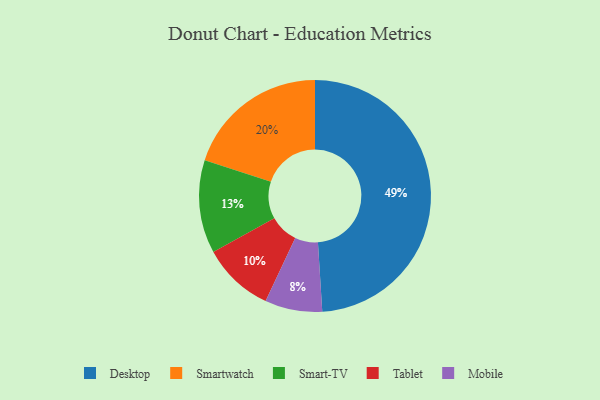
{"axis": {"x": "Category", "y": "Percentage"}, "legend": ["Desktop", "Mobile", "Smart-TV", "Smartwatch", "Tablet"], "data": [{"x": "Smart-TV", "y": 13, "type": "Smart-TV"}, {"x": "Smartwatch", "y": 20, "type": "Smartwatch"}, {"x": "Tablet", "y": 10, "type": "Tablet"}, {"x": "Desktop", "y": 49, "type": "Desktop"}, {"x": "Mobile", "y": 8, "type": "Mobile"}]}